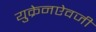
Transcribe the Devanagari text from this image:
युक्रेनऐवजी